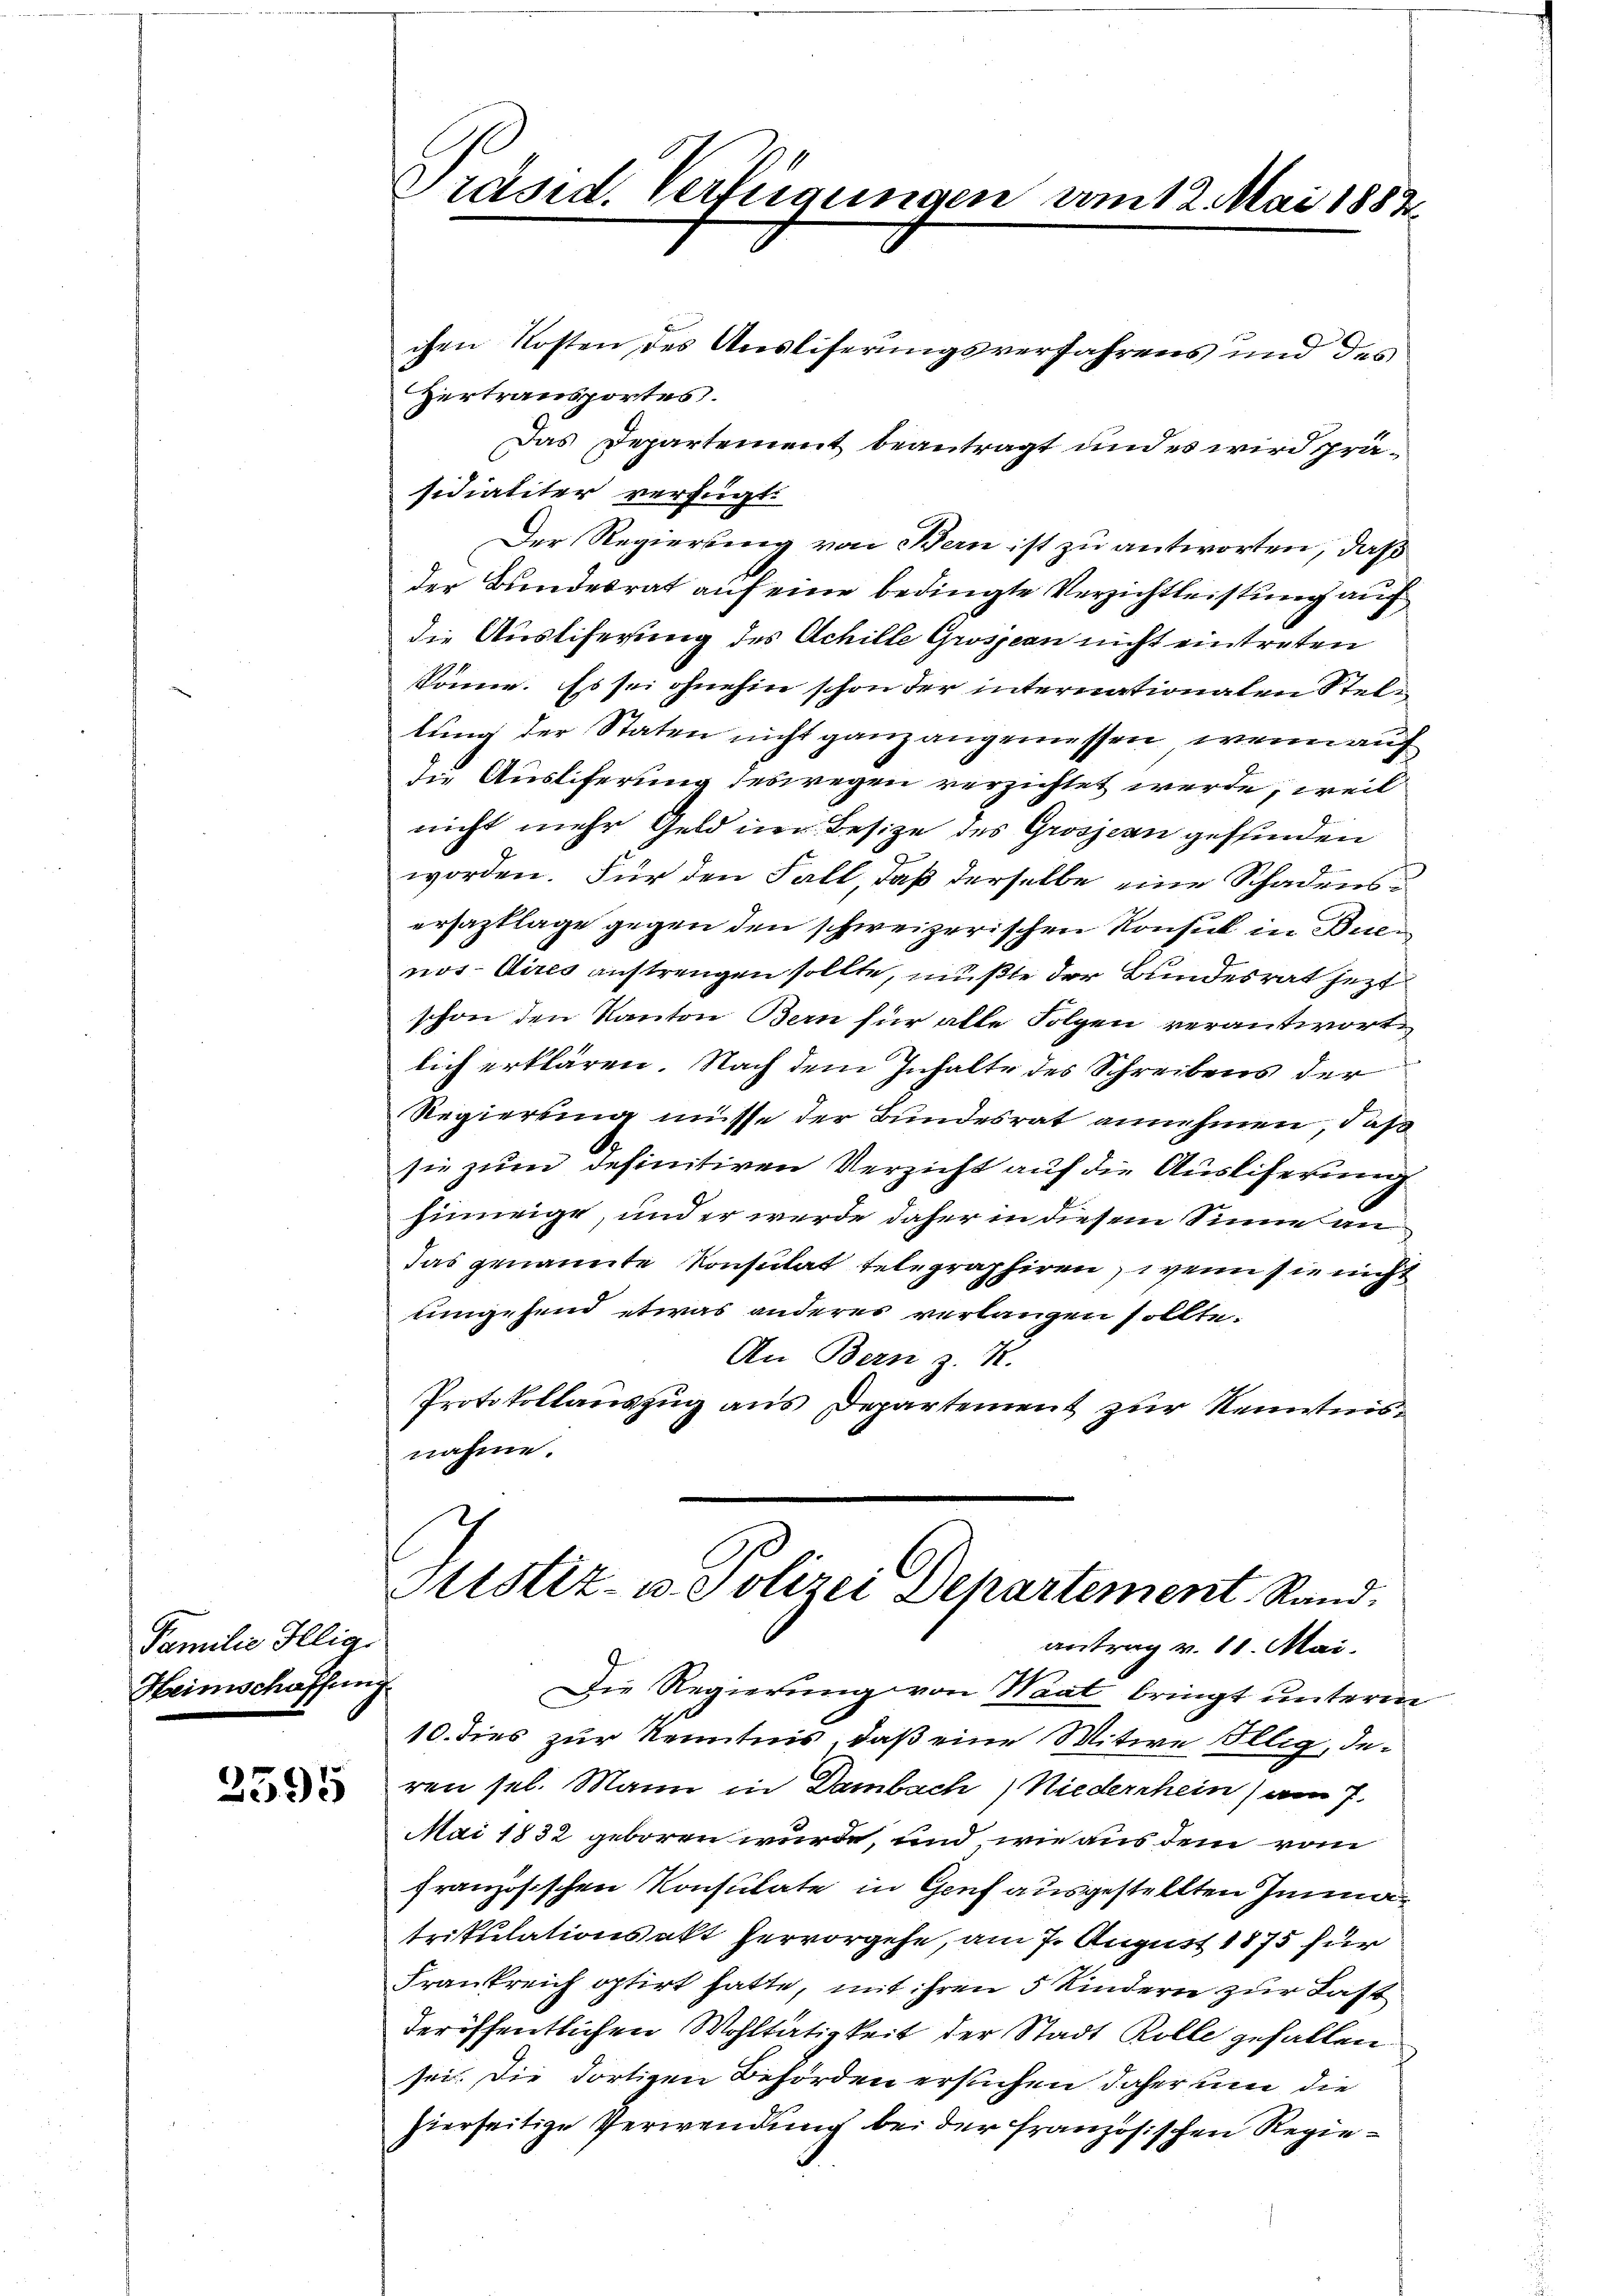
Familie Illig.
Heimschaffung.

2595

chen Kosten des Ausliserungsverfahrens und des
Zertransportes.
Das Departement beantragt und es wird präsidialiter verfügt
Der Regierung von Bern ist zu antworten, daß
der Bundesrat auf eine bedingte Verzichtleistung auf
die Austiferung des Achille Grossern nicht eintreten
könne. Es sei ohnehin schon der internationalen Stellung der Staten nicht ganz angemessen, wenn auf
die Auslieferung deswegen verzichtet werde, weil
nicht mehr Geld in Besize des Grossern gefunden
worden. Für den Fall, daß derselbe eine Schadensersazklage gegen den schweizerischen Konsul in Buen
nos Aires austrengen sollte, mußte der Bundesrat jetzt
schon den Kanton Bern für alle Folgen verantwort
lich erklären. Nach dem Inhalte des Schreibens der
Regierung müsse der Bundesrat annehmen, daß
sie zum definitiven Verzicht auf die Ausliferung
hinneige, und er werde daher in diesem Sinne an
das genannte Konsulat telegraphiren, wenn sie nicht
eingehend etwas anderer verlangen sollte.
An Bern z. K.
Protokollauszug aus Departement zur Kenntnisnahme.

Präsid. Verfügungen vom 12. Mai 1882

ren sel. Mann in Dambach Niederrhein) am 7.
Mai 1832 geboren wurde, und wie aus dem vom
französischen Konsulate in Genf ausgestellten Immatrikulationsakt hervorgehe, am 7. August 1875 für
Frankreich optirt hatte, mit ihren 5 Kindern zur Last
deröffentlichen Wohltätigkeit der Stadt Rolle gefallen
sei. Die dortigen Behörden ersuchen daher um die
hierseitige Verwendung bei der französischen Regie¬

Atstiz- u. Polizei Departement Rand
antrag v. 10. Mai.
Die Regierung von Waat bringt unterm
10. dies zur Kenntnis, daß eine Witwe Illig, de¬